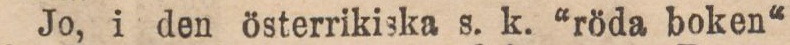
Jo, i den österrikiska s. k. “röda boken“